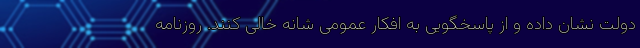
دولت نشان داده و از پاسخگویی به افکار عمومی شانه خالی کنند. روزنامه